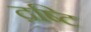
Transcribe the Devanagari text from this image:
द़ष्टि